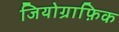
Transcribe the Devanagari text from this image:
जियोग्राफ़िक